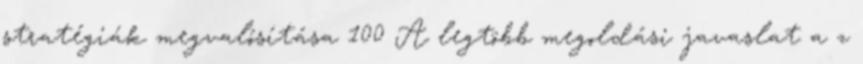
stratégiák megvalósítása 100 A legtöbb megoldási javaslat a z